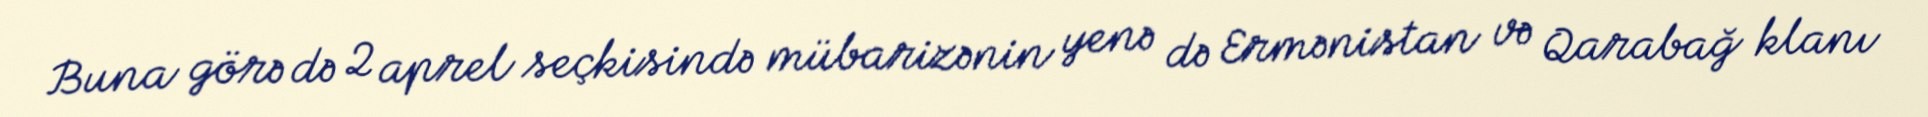
Buna görə də 2 aprel seçkisində mübarizənin yenə də Ermənistan və Qarabağ klanı